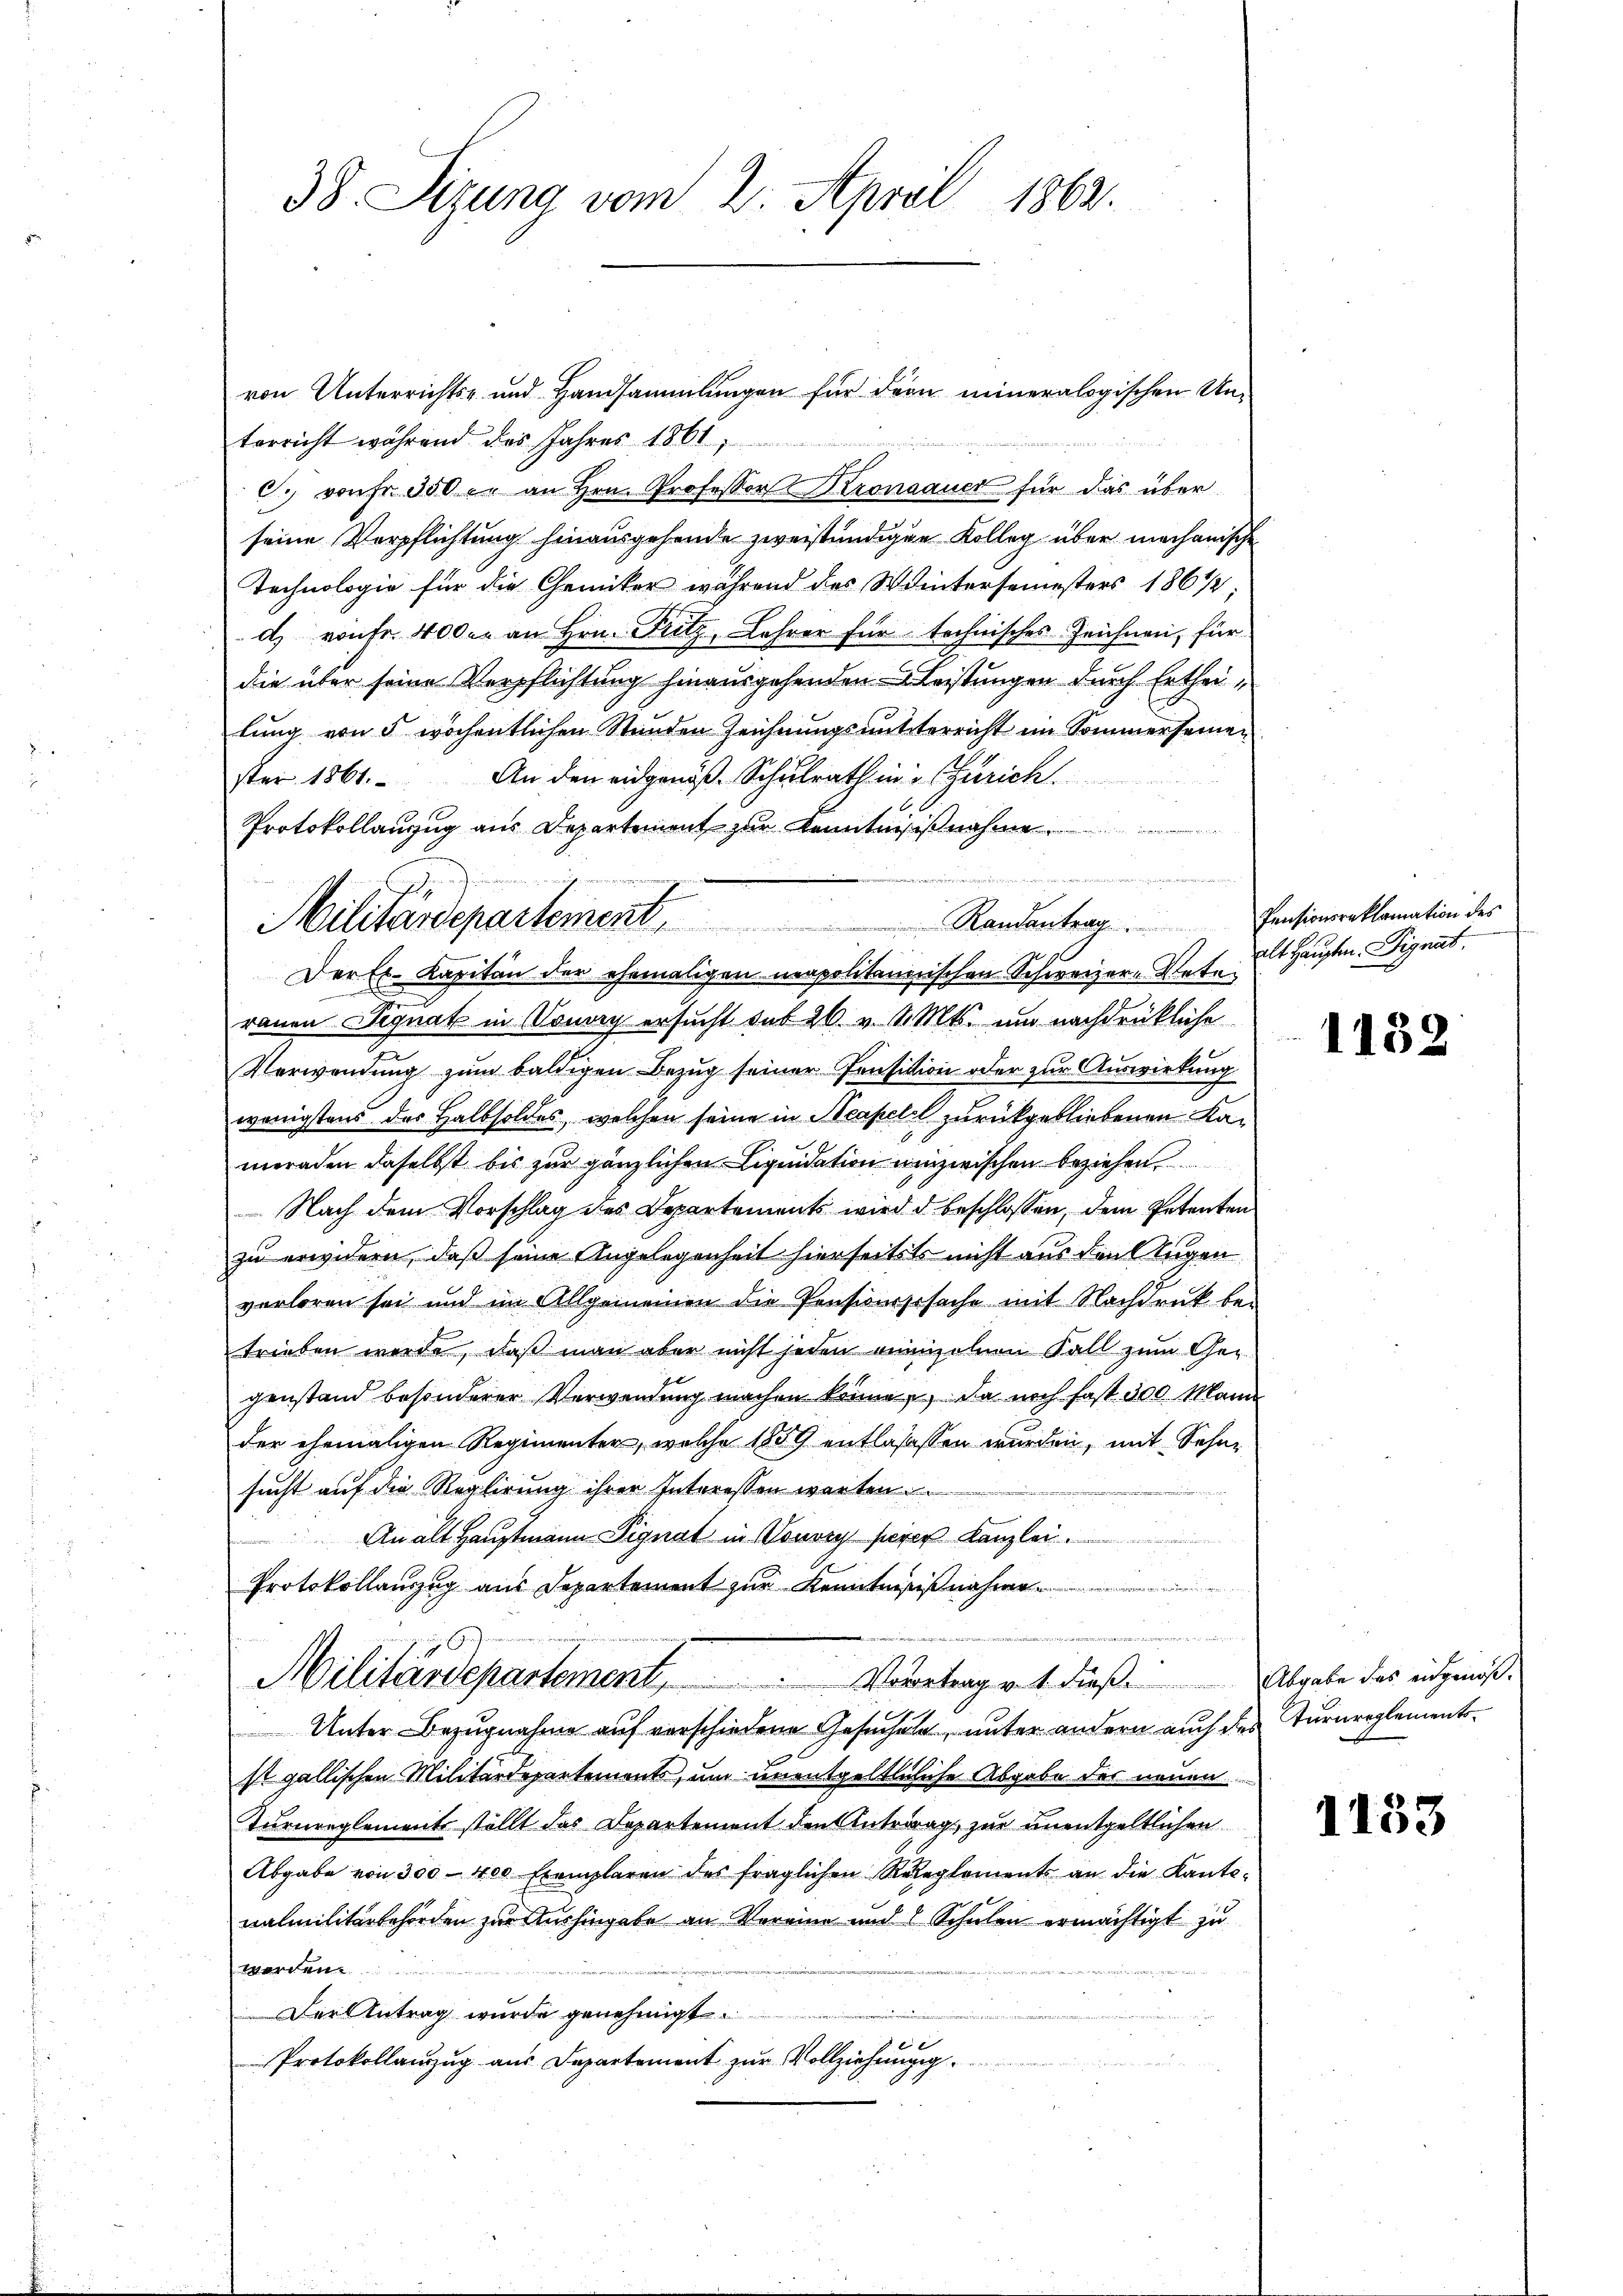
38. Sitzung vom 2. April 1862.

von Unterrichts- und Handsammlungen für dern meineralogischen Unterricht während des Jahres 1861,
C. von Fr. 300 er an Hrn. Professor Kronauer für das über
seine Verpflichtung hinausgehende zweistündigen Kolleg über mechanischen
Technologie für die Chemiker während des Wintersemesters 1861/2;
d. von fr. 400. an Hrn. Fritz, Lehrer für technisches Zeichnen, für
die über seine Verpflichtung hinausgehenden Leistungen durch Ertheilung von 5 wöchentlichen Stunden Zeichnungsunterricht im Sommerseinen
ster 1561. An den eidgenoß- Schulrath in Zürich
Protokollanzug aus Departement zur Kenntnißnahm
rauen Signat in Vouvry ersucht sub 26. v. M. Mts. und nachdrückliche
Verwendung zum baldigen Bezug seiner Pensition oder zur Auswirkung
wenigstens der Halbsoldes, welchen seine in Neapell zurückgebliebenen Kameraden daselbst bis zur gänzlichen Liquidation einzwischen beziehen
 Nach dem Vorschlag des Departements wird d beschlossen, dem Petenten
zu erwidern, daß seine Angelegenheit hierseitsts nicht aus den Augen
verloren sei und im Allgemeinen die Pensionssache mit Nachdruk bei
trieben werde, daß man aber nicht jeden einzelnen Fall zum Gergenstand besonderer Verwendung machen könne, da noch fast 300 Mann
der ehemaligen Regimenter, welche 1889 entlassessen wurden, mit Sehne
sucht auf die Reglirung ihrer Interessen warten.
An alt Hauptmann Signat in Vouvry seien Kanzlei.
Protokollauszug aus Departement zur Kenntniß nahme

Militärdepartement                           Vorgetrag v. 1. dieß. Abgabe das eidgenöß¬
Unter-Bezugnahme auf verschiedene Gesuchen, unter andern auch des Turnreglementsst gallischen Militärdepartements, um unentgeltleliche Abgabe der neuen
Turneeglements stellt das Departement den Antrag zur unentgeltlichen
Abgabe von 300 - 400 Exemplaren des fraglichen Releglements an die Kantowalmilitärbehörden zur Aushingabe an Vereine und 8 Schulen ermächtigt zu
werden
Der Antrag wurde genehmigt.
Protokollauszug aus Departement zur Vollziehungsg

an den den . .
Militärdepartement.                                          Randantrag
Der Ex- Kapitan der ehemaligen neapolitannischen Schweizer-Sete¬

Pensionsreklamation des
alt Haupten. Signat.

1152

1133